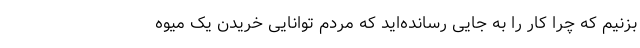
بزنیم که چرا کار را به جایی رسانده‌اید که مردم توانایی خریدن یک میوه